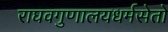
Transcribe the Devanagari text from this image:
राघवगुणालयधर्मसेतो